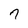
Character: 7